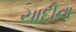
યાદીના